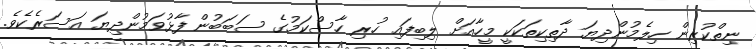
ނިތްކުރިން ހިލެމުންދިޔަ ދާތިކިތަކަކީ މީހާއަށް ލިބިފައި ހުރި ހާސްކަމުގެ ސަބަބުން ފާޅުވަމުންދިޔަ އަސަރެކެވެ.